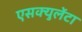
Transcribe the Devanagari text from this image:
एसक्युलेंटा